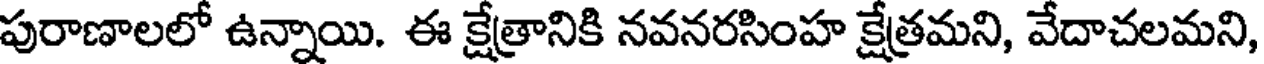
పురాణాలలో ఉన్నాయి. ఈ క్షేత్రానికి నవనరసింహ క్షేత్రమని, వేదాచలమని,